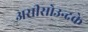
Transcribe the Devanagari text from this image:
असीसोउन्दके